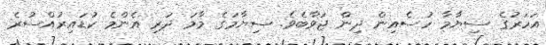
އަހަރުގެ ސިޔާމާ ހުސެއިން ދިން ޖަވާބެވެ. ސިޔާމަގެ މާމަ ދަރި އެންމެ ކުޑައިރުއްސުރެ